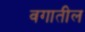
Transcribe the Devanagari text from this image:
वगातील